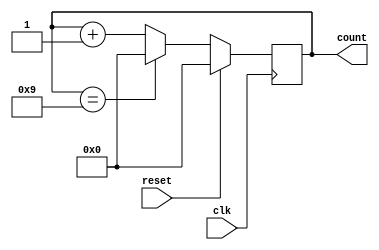

`timescale 10ns / 1ns
 module dec_counter(output reg [4:0] count, input clk, reset);
   
 always@(posedge clk) begin
	 if (reset)
	 count <= 4'b0;
	 else begin
		 if(count == 9)
		 count <= 0;
		 else
		 count <= count+1; 
	 end
 end
 endmodule